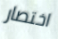
اختصار